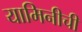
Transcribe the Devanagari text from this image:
यामिनीची